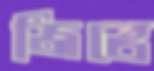
জিভে